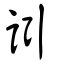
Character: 訠